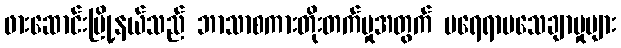
ဖားဆောင်းမြို့နယ်သည် ဘာသာစကားတိုးတက်မှုအတွက် မရေရာမသေချာမှုများ